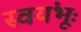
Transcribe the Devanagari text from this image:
स्वयंभूः